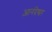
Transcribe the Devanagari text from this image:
आनंदेश्वर